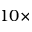
1 0 \times